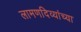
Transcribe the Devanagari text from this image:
लामणदिव्यांच्या